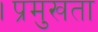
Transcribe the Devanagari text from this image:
।प्रमुखता